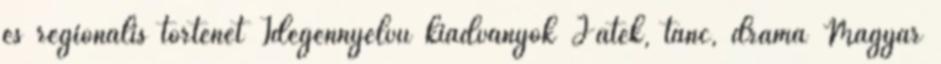
és regionális történet Idegennyelvű kiadványok Játék, tánc, dráma Magyar